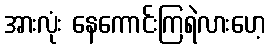
အားလုံး နေကောင်းကြရဲလားဟေ့